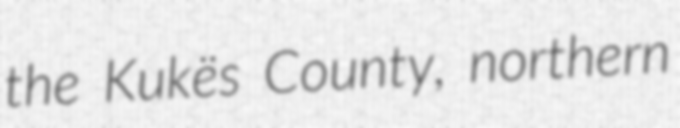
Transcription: the Kukës County, northern